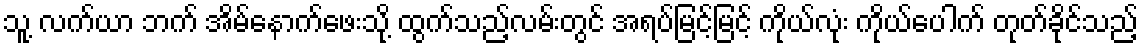
သူ့ လက်ယာ ဘက် အိမ်နောက်ဖေးသို့ ထွက်သည့်လမ်းတွင် အရပ်မြင့်မြင့် ကိုယ်လုံး ကိုယ်ပေါက် တုတ်ခိုင်သည့်